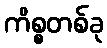
ကိစ္စတစ်ခု